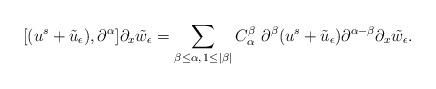
LaTeX: \begin{align*}& [ (u^s + \tilde{u}_\epsilon), \partial^{\alpha}]\partial_x \tilde{w}_\epsilon = \sum\limits_{\beta \le \alpha,\, 1\le|\beta|}C^\beta_\alpha \,\,\partial^{\beta}( u^s + \tilde{u}_\epsilon) \partial^{\alpha - \beta}\partial_x \tilde{w}_\epsilon.\end{align*}